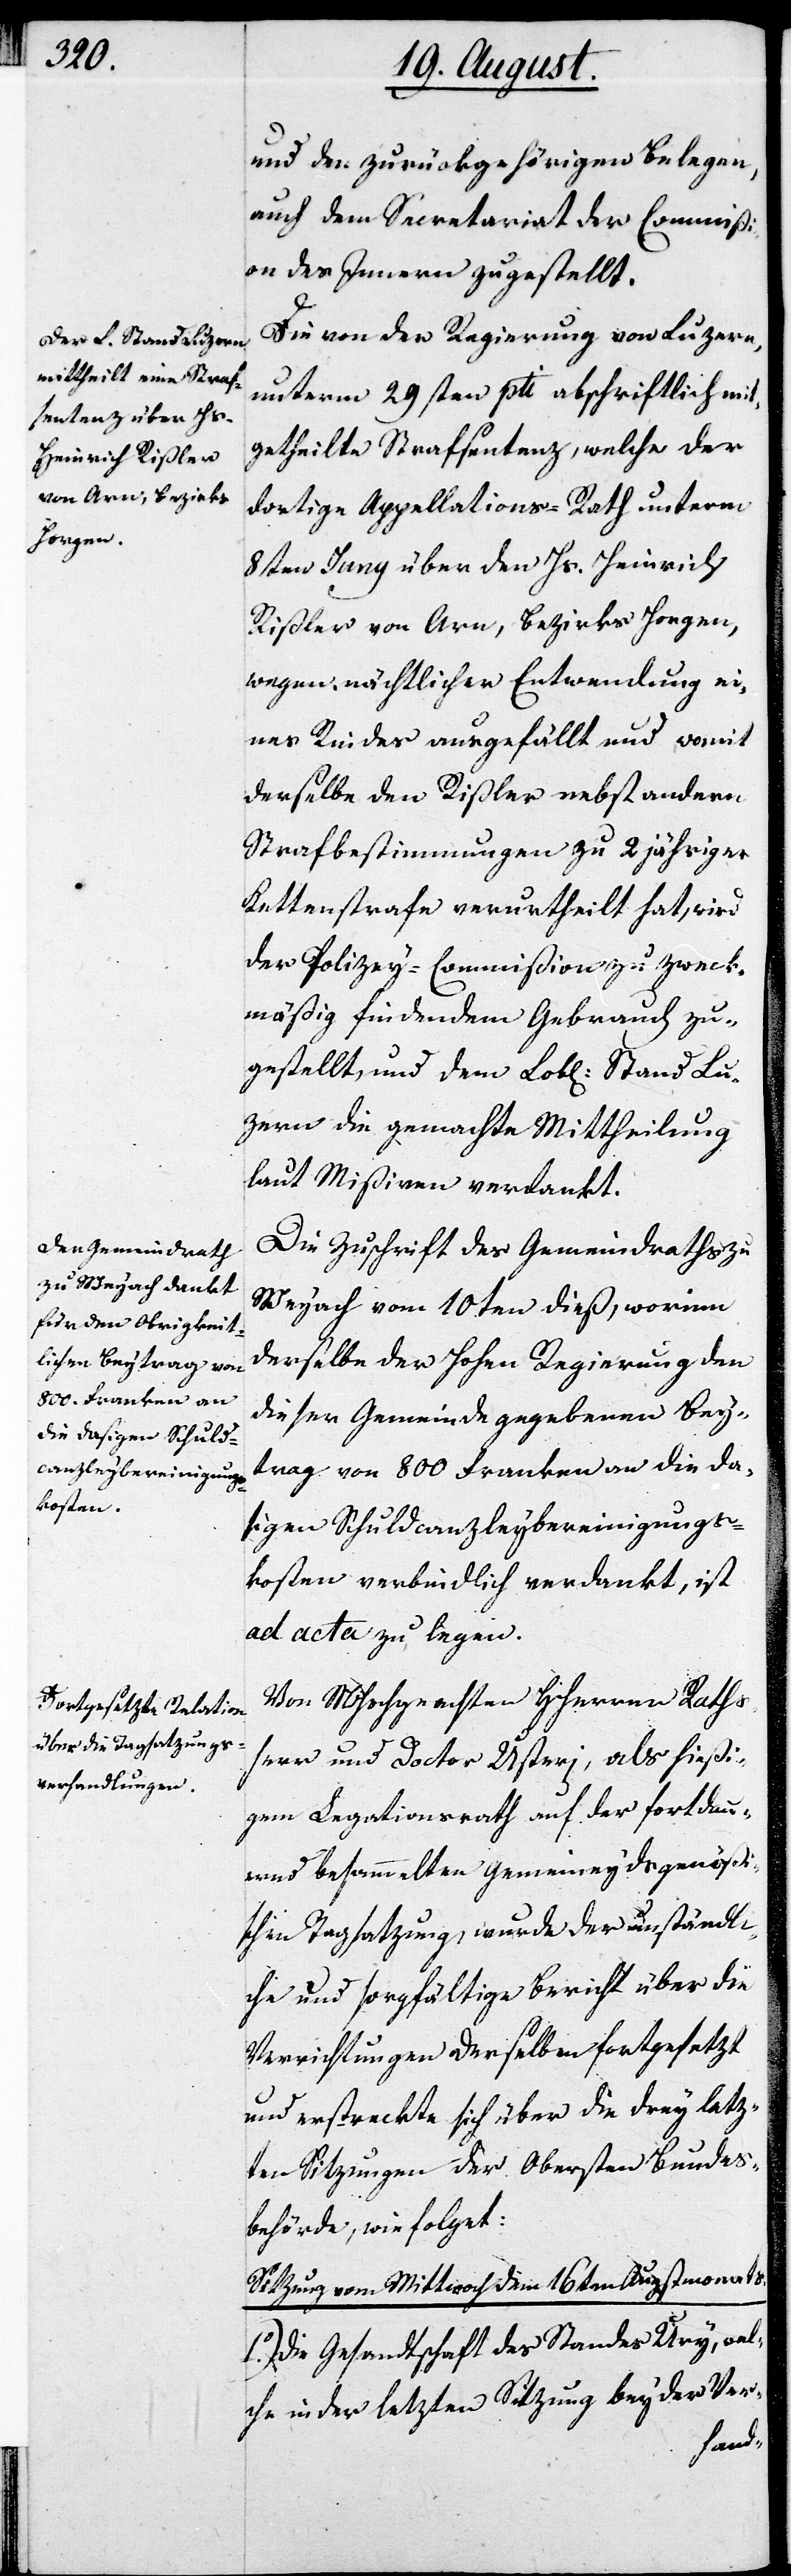
und den zurückgehörigen Belegen
auch dem Secretariat der Commiß¬
ion des Innern zugestellt.
Die von der Regierung von Luzern,
unterm 29sten pti. abschriftlich mit¬
getheilte Strafsentenz, welche der
dortige Appellations-Rath unterm
8ten Juny über den Hs. Heinrich
Rißler von Arn, Bezirks Horgen,
wegen nächtlicher Entwendung ei¬
nes Rindes ausgefällt und womit
derselbe den Rißler nebst andern
Strafbestimmungen zu 2 jähriger
Kettenstrafe verurtheilt hat, wird
der Polizey-Commißion zu zweck¬
mäßig findendem Gebrauch zu¬
gestellt, und dem Lobl. Stand Lu¬
zern die gemachte Mittheilung
laut Mißiven verdankt.
Die Zuschrift des Gemeindraths zu
Weyach vom 10ten dieß, worinn
derselbe der Hohen Regierung den
dieser Gemeinde gegebenen Bey¬
trag von 800 Franken an die da¬
sigen Schuldcanzleybereinigungs¬
kosten verbindlich verdankt, ist
ad acta zu legen.
Von MHochgeachten HHerren Raths¬
herr und Doctor Usteri, als hießi¬
gem Legationsrath auf der fortdau¬
ernd besammelten Gemeineydgenößis¬
chen Tagsatzung, wurde der umständli¬
che und sorgfältige Bericht über die
Verrichtungen derselben fortgesetzt
und erstreckte sich über die drey letz¬
ten Sitzungen der obersten Bundes¬
behörde wie folget:
Sitzung vom Mittwoch dem 16ten Augstmonats.
1.) Die Gesandtschaft des Standes Ury, wel¬
che in der letzten Sitzung bey der Ver-